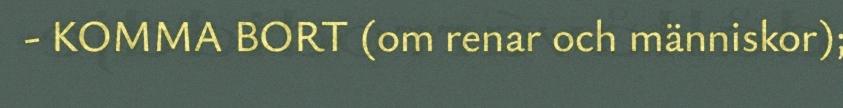
- KOMMA BORT (om renar och människor);